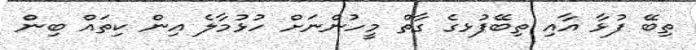
ތިބޭ ފުޅާ އާއި ތިބޭފުޅގެ ގާތް މީހުންނަށް ހުޅުމާލެ އިން ކިތައް ބިން